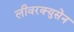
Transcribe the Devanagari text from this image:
लीवरक्युसेन